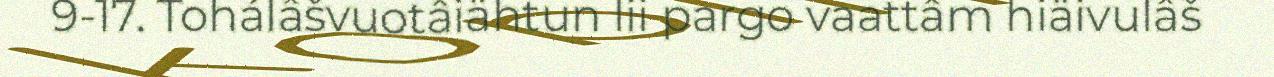
9-17. Tohálâšvuotâiähtun lii pargo vaattâm hiäivulâš